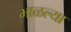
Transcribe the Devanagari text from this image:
भाळल्या